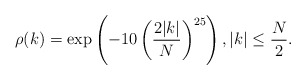
\begin{align*} \rho(k) = \exp\left(-10\left(\frac{2|k|}{N}\right)^{25}\right), |k| \leq \frac{N}{2}.\end{align*}